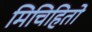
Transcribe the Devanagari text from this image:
मिचिहितो